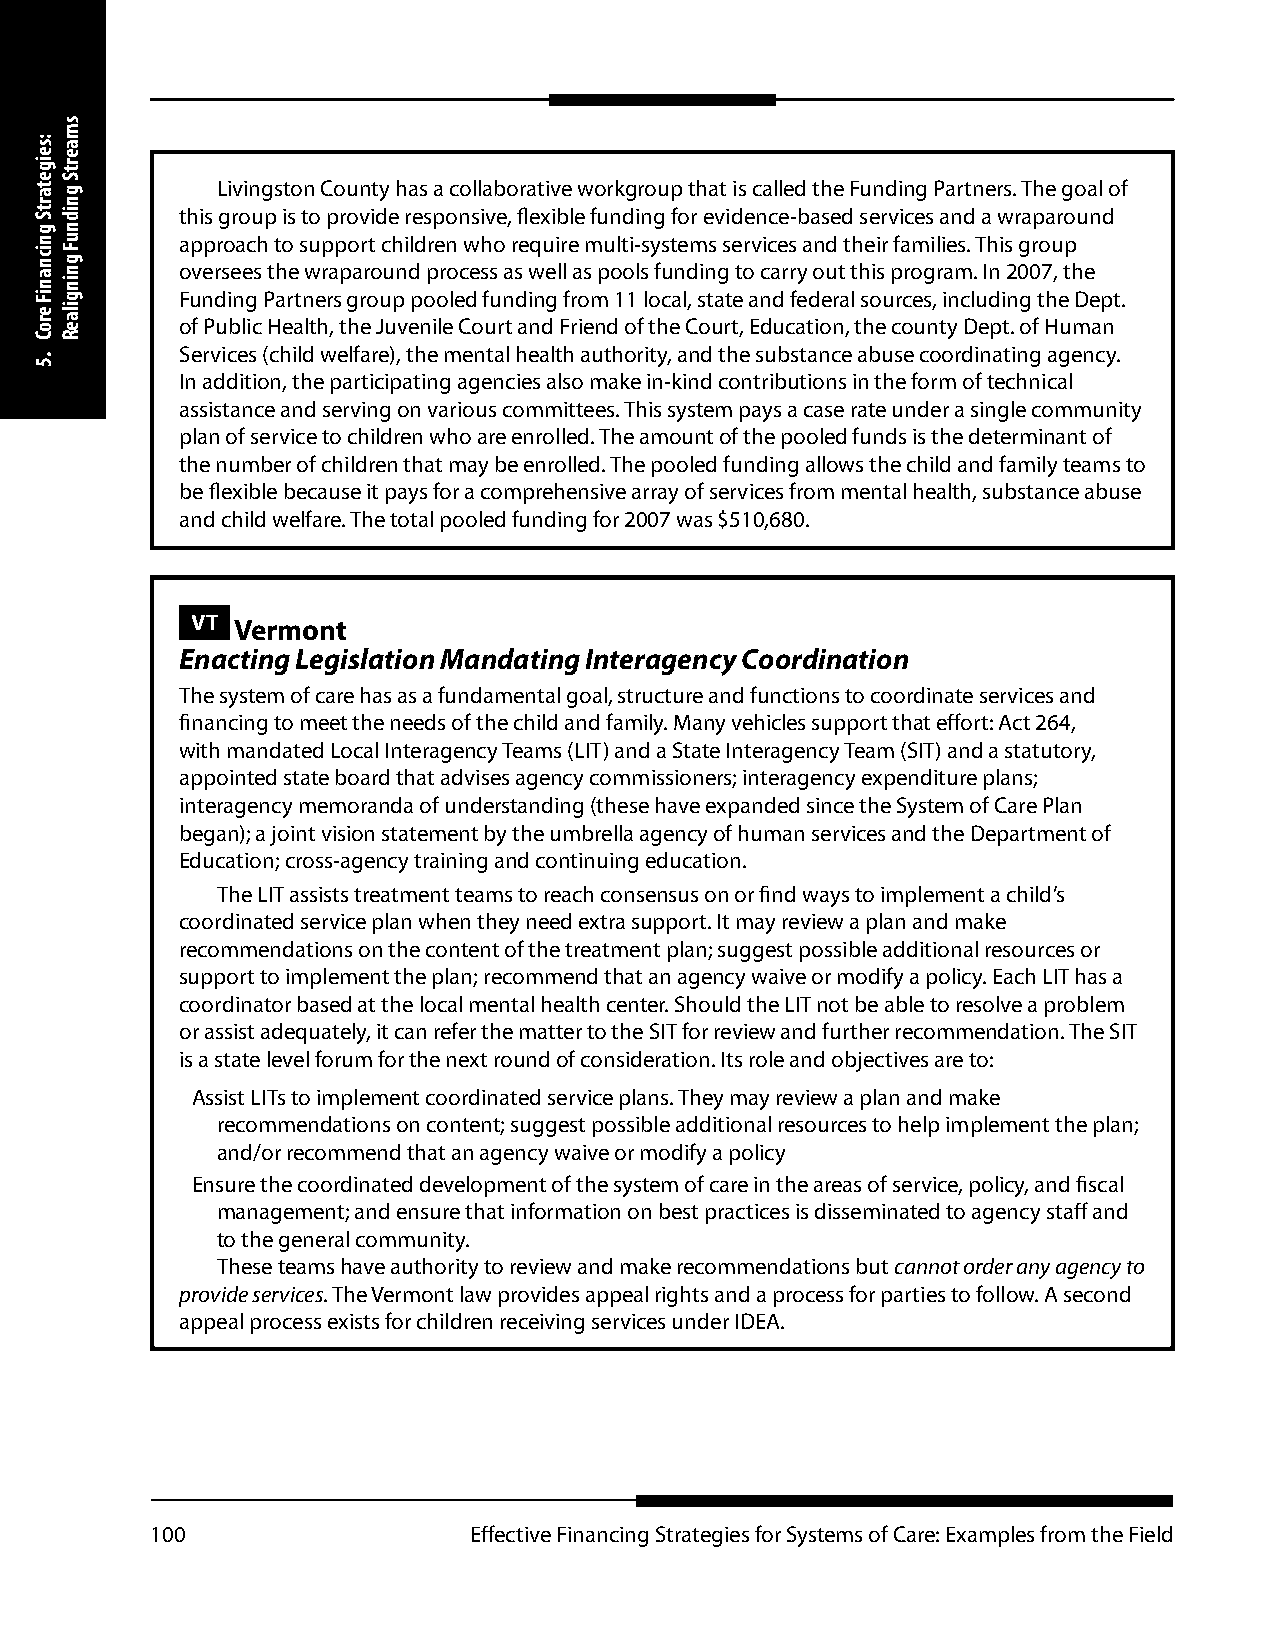
Livingston County has a collaborative workgroup that is called the Funding Partners. The goal of
 this group is to provide responsive, flexible funding for evidence-based services and a wraparound
 approach to support children who require multi-systems services and their families. This group
 oversees the wraparound process as well as pools funding to carry out this program. In 2007, the
 Funding Partners group pooled funding from 11 local, state and federal sources, including the Dept.
 of Public Health, the Juvenile Court and Friend of the Court, Education, the county Dept. of Human
 Services (child welfare), the mental health authority, and the substance abuse coordinating agency.
 In addition, the participating agencies also make in-kind contributions in the form of technical
 assistance and serving on various committees. This system pays a case rate under a single community
 plan of service to children who are enrolled. The amount of the pooled funds is the determinant of
 the number of children that may be enrolled. The pooled funding allows the child and family teams to
 be flexible because it pays for a comprehensive array of services from mental health, substance abuse
 and child welfare. The total pooled funding for 2007 was $510,680.
 VT Vermont
 Enacting Legislation Mandating Interagency Coordination
 The system of care has as a fundamental goal, structure and functions to coordinate services and
 financing to meet the needs of the child and family. Many vehicles support that effort: Act 264,
 with mandated Local Interagency Teams (LIT) and a State Interagency Team (SIT) and a statutory,
 appointed state board that advises agency commissioners; interagency expenditure plans;
 interagency memoranda of understanding (these have expanded since the System of Care Plan
 began); a joint vision statement by the umbrella agency of human services and the Department of
 Education; cross-agency training and continuing education.
 The LIT assists treatment teams to reach consensus on or find ways to implement a child’s
 coordinated service plan when they need extra support. It may review a plan and make
 recommendations on the content of the treatment plan; suggest possible additional resources or
 support to implement the plan; recommend that an agency waive or modify a policy. Each LIT has a
 coordinator based at the local mental health center. Should the LIT not be able to resolve a problem
 or assist adequately, it can refer the matter to the SIT for review and further recommendation. The SIT
 is a state level forum for the next round of consideration. Its role and objectives are to:
 Assist LITs to implement coordinated service plans. They may review a plan and make
 recommendations on content; suggest possible additional resources to help implement the plan;
 and/or recommend that an agency waive or modify a policy
 Ensure the coordinated development of the system of care in the areas of service, policy, and fiscal
 management; and ensure that information on best practices is disseminated to agency staff and
 to the general community.
 These teams have authority to review and make recommendations but cannot order any agency to
 provide services. The Vermont law provides appeal rights and a process for parties to follow. A second
 appeal process exists for children receiving services under IDEA.
 100                  Effective Financing Strategies for Systems of Care: Examples from the Field
 :seigetartS
 gnicnaniF
 eroC
 .5
 smaertS
 gnidnuF
 gningilaeR